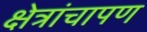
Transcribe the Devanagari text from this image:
क्षेत्रांचापण